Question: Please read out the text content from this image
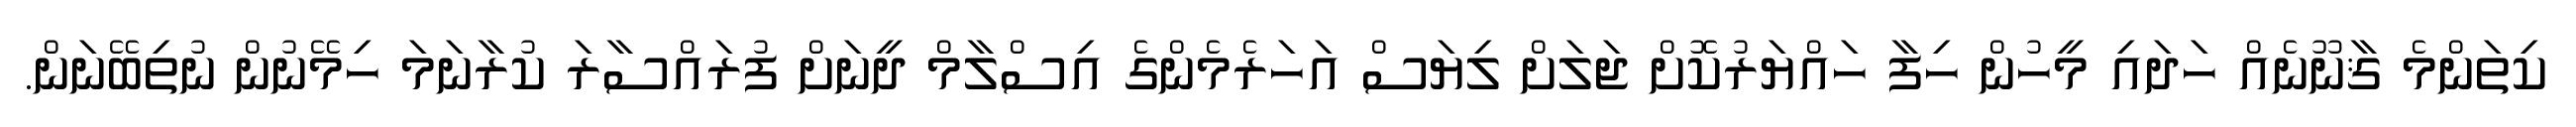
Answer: ކިތަންމެ ޤާނޫނެއް ހަދައި މީހުން ހިފާ ހައްޔަރުކޮށް ޖަލަށް ލިޔަސް އަހަރެމެންގެ އިސްލާމް ދީނަށް ފުރައްސާރަ ކުރާނަމަ ހިމޭނުން ނުތިބޭނަން.